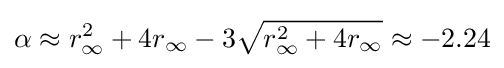
\alpha \approx r_{\infty }^{2}+4r_{\infty }-3{\sqrt {r_{\infty }^{2}+4r_{\infty }}}\approx -2.24